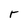
Character: r